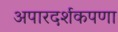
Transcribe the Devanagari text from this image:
अपारदर्शकपणा